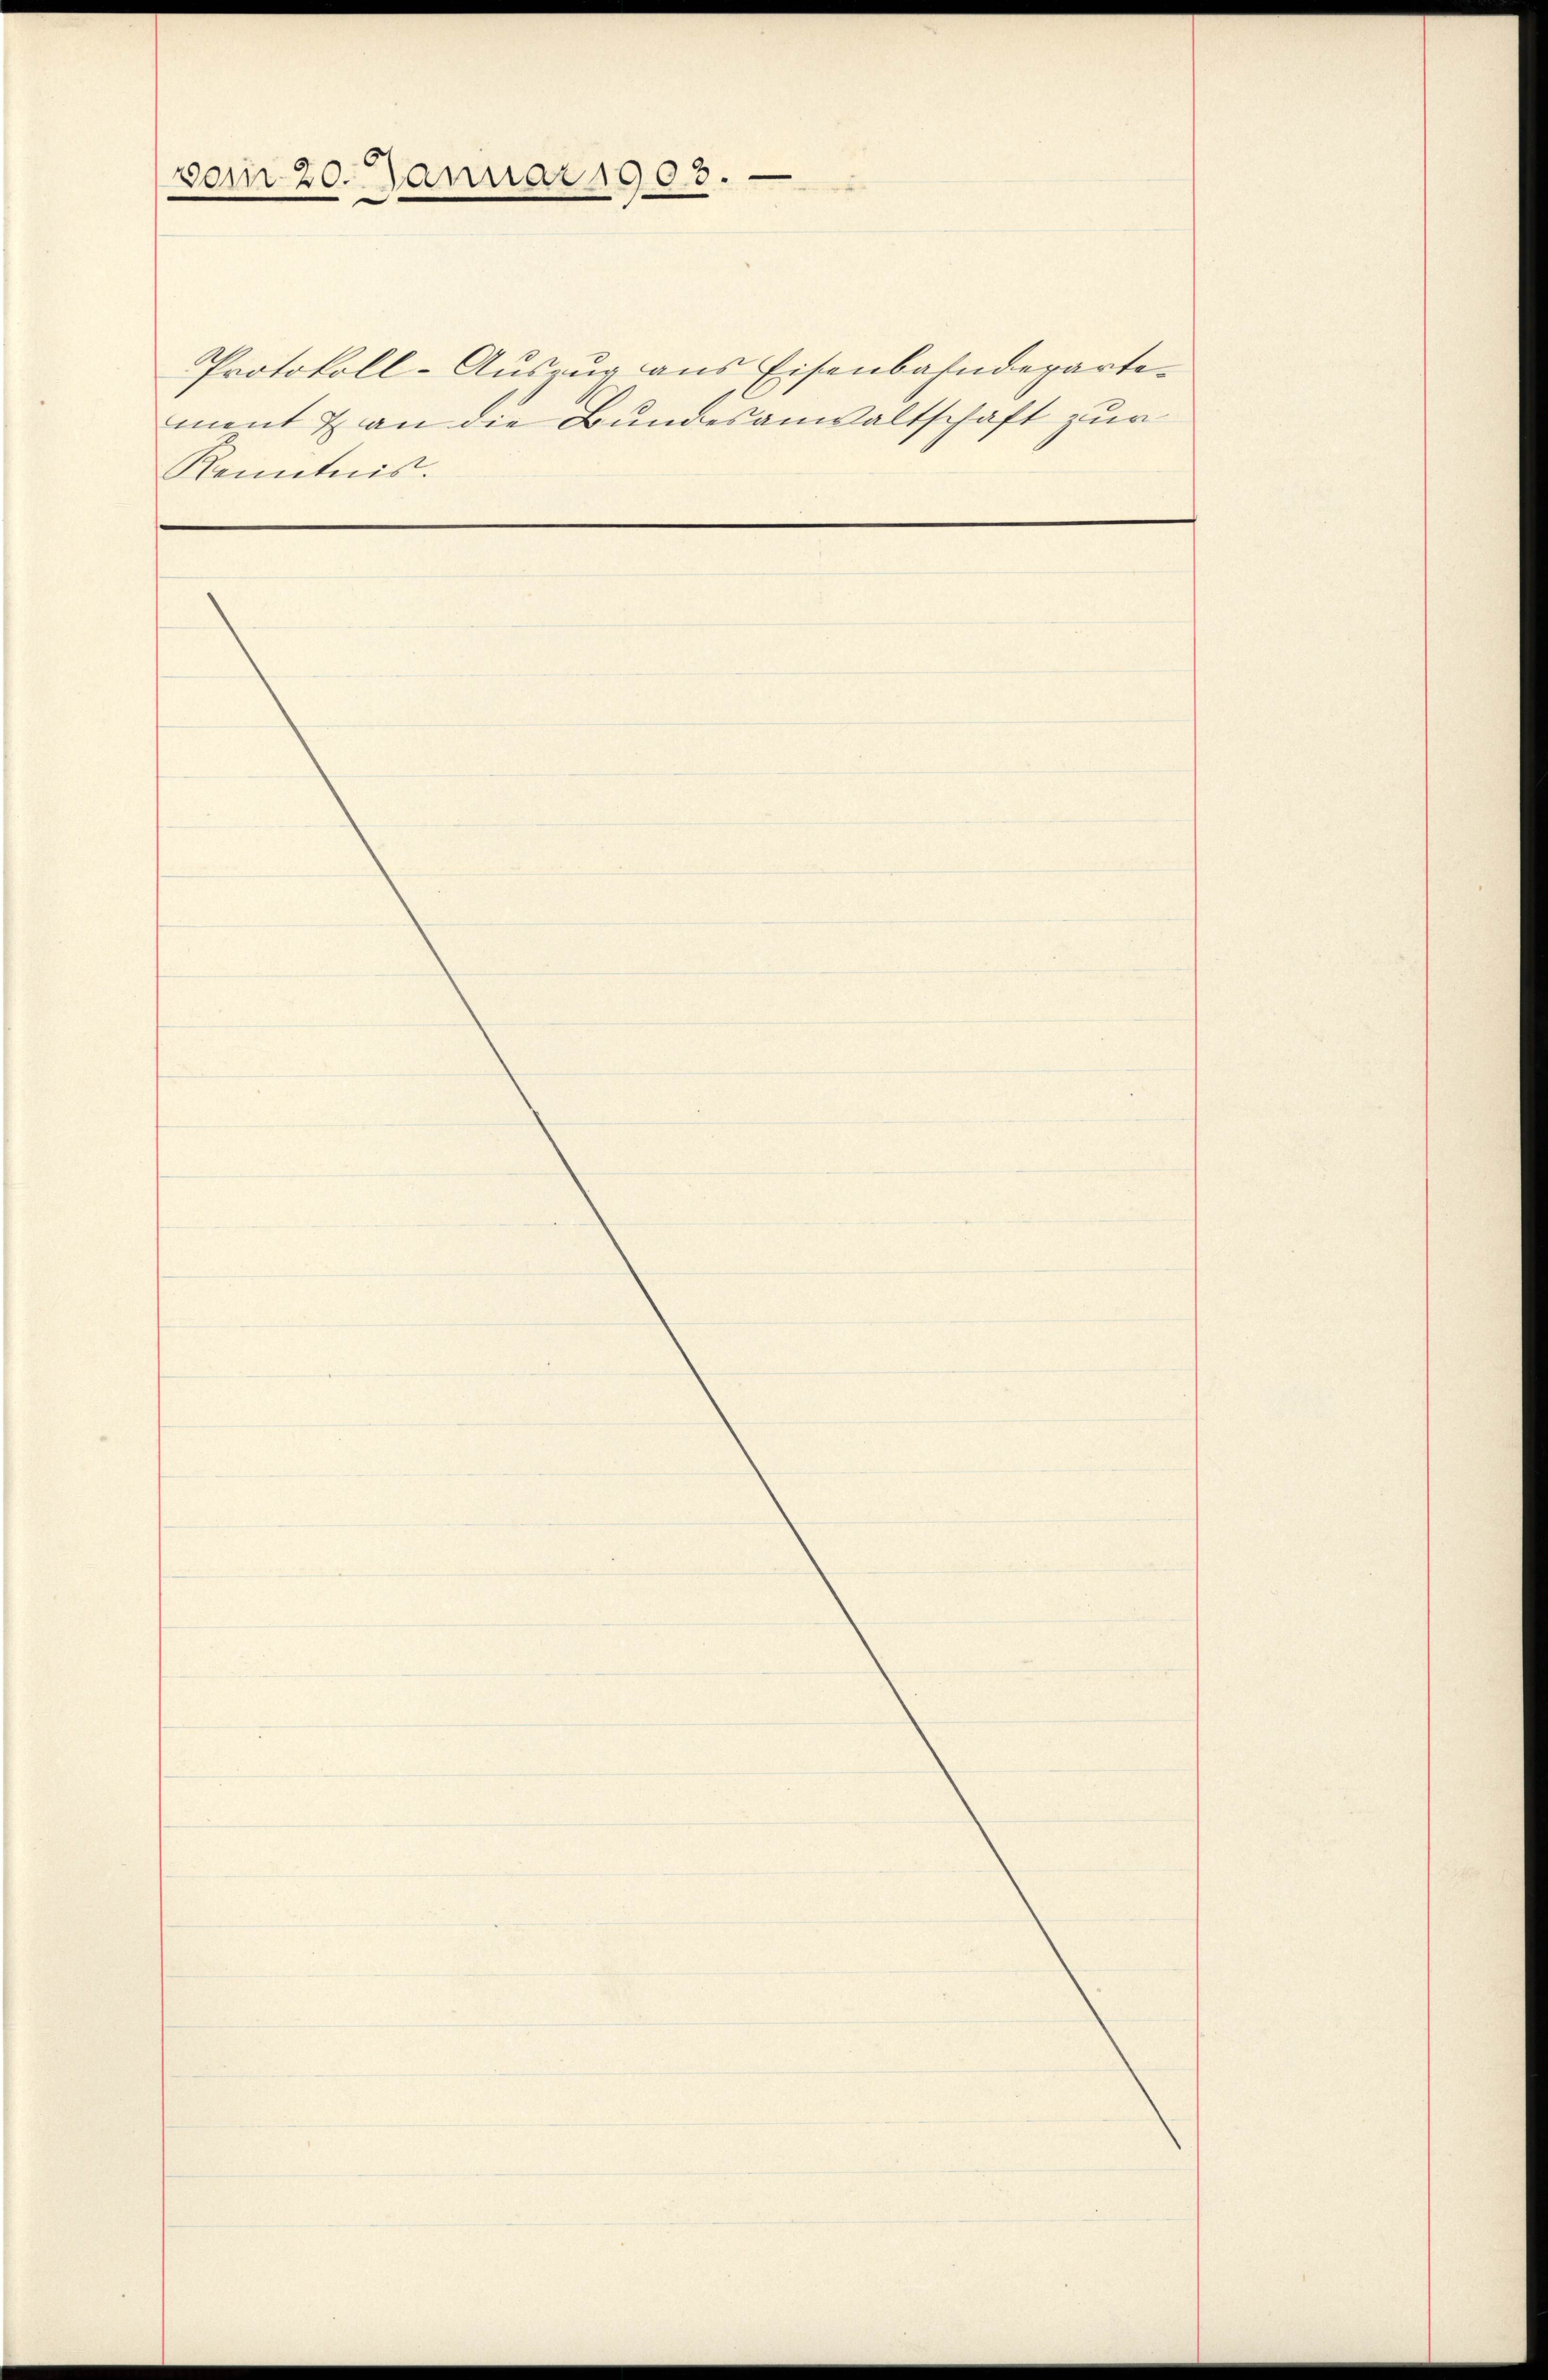
vom 20. Januar 1903.

Protokoll-Auszug aus Eisenbahndepartement & an die Bundesanwaltschaft zur
Kenntnis.